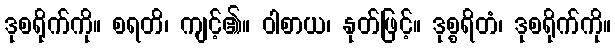
ဒုစရိုက်ကို။ စရတိ၊ ကျင့်၏။ ဝါစာယ၊ နုတ်ဖြင့်။ ဒုစ္စရိတံ၊ ဒုစရိုက်ကို။